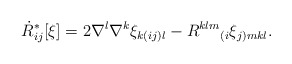
\begin{align*}\dot{R}^*_{ij}[\xi]= 2\nabla^l\nabla^k \xi_{k(ij)l} - R^{klm}{}_{(i} \xi_{j)mkl} .\end{align*}